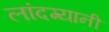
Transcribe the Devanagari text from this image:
लांदग्यानी